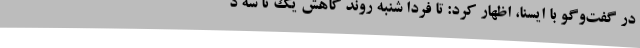
در گفت‌وگو با ایسنا، اظهار کرد: تا فردا شنبه روند کاهش یک تا سه د